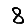
Digit: 8